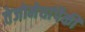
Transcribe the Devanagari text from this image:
तेजोमेघांपैकी